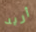
أريد